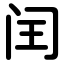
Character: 闰